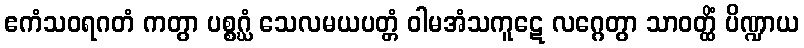
ဧကံသဝရဂတံ ကတွာ ပစ္စဂ္ဃံ သေလမယပတ္တံ ဝါမအံသကူဋေ လဂ္ဂေတွာ သာဝတ္ထိံ ပိဏ္ဍာယ